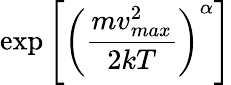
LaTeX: \exp\left[\left(\frac{mv_{max}^{2}}{2kT}\right)^{\alpha}\right]